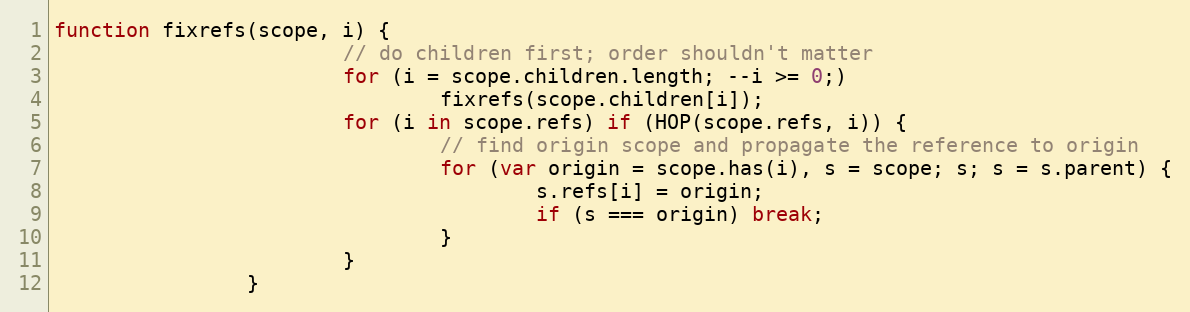
Language: JavaScript
function fixrefs(scope, i) {
                        // do children first; order shouldn't matter
                        for (i = scope.children.length; --i >= 0;)
                                fixrefs(scope.children[i]);
                        for (i in scope.refs) if (HOP(scope.refs, i)) {
                                // find origin scope and propagate the reference to origin
                                for (var origin = scope.has(i), s = scope; s; s = s.parent) {
                                        s.refs[i] = origin;
                                        if (s === origin) break;
                                }
                        }
                }